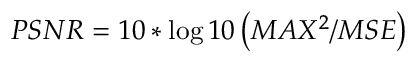
P S N R = 1 0 * \log 1 0 \left( M A X ^ { 2 } / M S E \right)